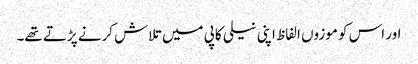
اور اس کو موزوں الفاظ اپنی نیلی کاپی میں تلاش کرنے پڑتے تھے۔